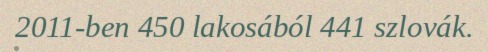
2011-ben 450 lakosából 441 szlovák.